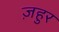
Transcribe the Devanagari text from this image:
ज़हुर